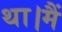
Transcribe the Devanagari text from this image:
था।मैं